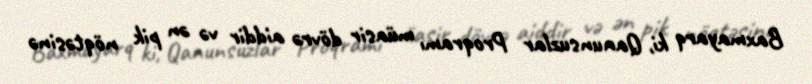
Baxmayarq ki, Qanunsuzlar Proqramı müasir dövrə aiddir və ən pik nöqtəsinə